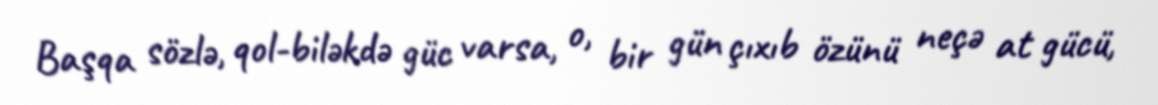
Başqa sözlə, qol-biləkdə güc varsa, o, bir gün çıxıb özünü neçə at gücü,